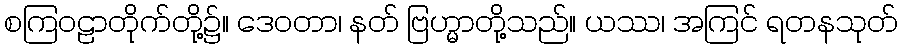
စကြဝဠာတိုက်တို့၌။ ဒေဝတာ၊ နတ် ဗြဟ္မာတို့သည်။ ယဿ၊ အကြင် ရတနသုတ်